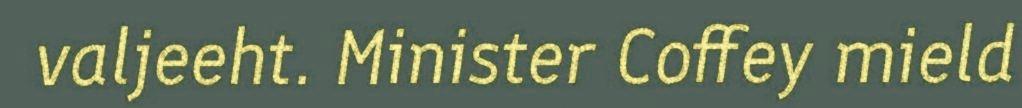
valjeeht. Minister Coffey mield